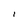
Character: l